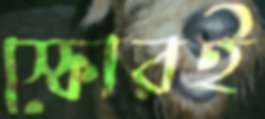
স্কোরই